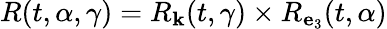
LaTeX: R(t,\alpha,\gamma)=R_{{\mathbf k}}(t,\gamma)\times R_{{\mathbf e}_{3}}(t,\alpha)